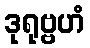
ဒုရုဗ္ဗဟံ